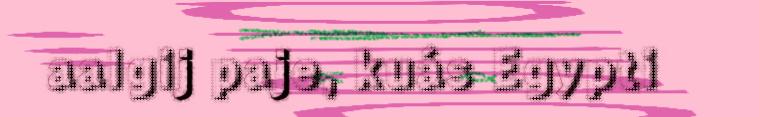
aalgij paje, kuás Egypti